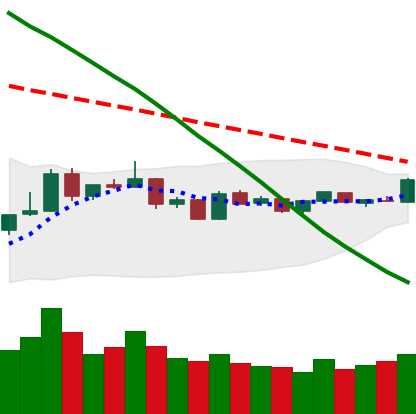
Ticker: BTC-USD
Chart end date: 2019-01-06
Forward return: -9.549%
Label: down_7plus